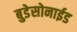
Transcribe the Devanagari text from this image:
बुडेसोनाईड